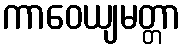
ကာဝေယျမတ္တာ